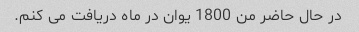
در حال حاضر من 1800 یوان در ماه دریافت می کنم.